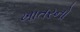
ખાતરનો